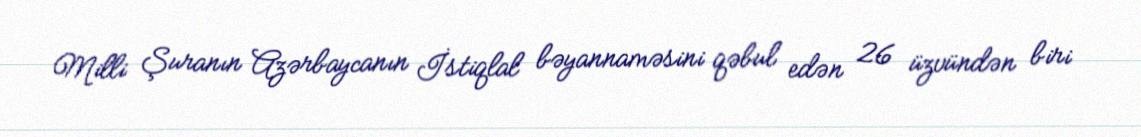
Milli Şuranın Azərbaycanın İstiqlal bəyannaməsini qəbul edən 26 üzvündən biri